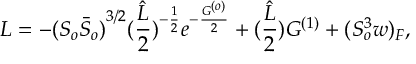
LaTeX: { \cal L } = - { ( S _ { o } { \bar { S } } _ { o } ) } ^ { 3 / 2 } ( \frac { \hat { L } } { 2 } ) ^ { - \frac { 1 } { 2 } } e ^ { - \frac { G ^ { ( o ) } } { 2 } } + ( \frac { \hat { L } } { 2 } ) G ^ { ( 1 ) } + { ( S _ { o } ^ { 3 } w ) _ { F } } ,